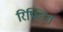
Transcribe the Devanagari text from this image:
रिफ्टिंग